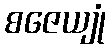
စဇေယျုံ